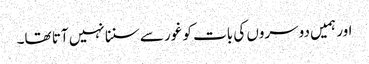
اور ہمیں دوسروں کی بات کو غور سے سننا نہیں آتا تھا۔